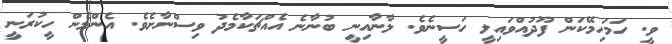
ވީ. ހަމަހިމޭކަން ފޫދުއްވައިލީ ހަސީނެވެ. ލާނާއިނީ ބުނާނެ އެއްޗަކާމެދު ވިސްނާށެވެ. އެންމެން ހީކުރަނީ